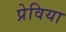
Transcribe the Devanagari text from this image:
प्रेविया